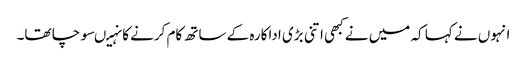
انہوں نے کہا کہ میں نے کبھی اتنی بڑی اداکارہ کے ساتھ کام کرنے کا نہیںسوچا تھا۔